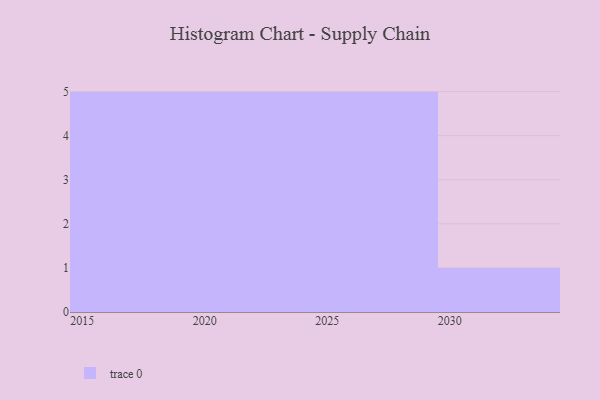
{"axis": {"x": "Year", "y": "Customer Acquisition Cost (USD)"}, "legend": [""], "data": [{"x": "2024", "y": 84, "type": ""}, {"x": "2017", "y": 2, "type": ""}, {"x": "2018", "y": 66, "type": ""}, {"x": "2020", "y": 82, "type": ""}, {"x": "2027", "y": 62, "type": ""}, {"x": "2026", "y": 31, "type": ""}, {"x": "2030", "y": 70, "type": ""}, {"x": "2025", "y": 21, "type": ""}, {"x": "2028", "y": 64, "type": ""}, {"x": "2022", "y": 7, "type": ""}, {"x": "2023", "y": 55, "type": ""}, {"x": "2015", "y": 50, "type": ""}, {"x": "2019", "y": 37, "type": ""}, {"x": "2016", "y": 2, "type": ""}, {"x": "2029", "y": 36, "type": ""}, {"x": "2021", "y": 7, "type": ""}]}